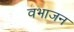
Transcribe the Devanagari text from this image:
वभाजन